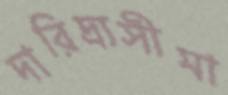
দারিদ্র্যসীমা